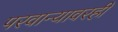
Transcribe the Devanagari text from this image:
परवान्यावरही